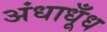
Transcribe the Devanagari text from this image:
अंधाधूँध